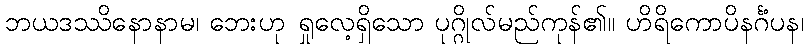
ဘယဒဿိနောနာမ၊ ဘေးဟု ရှုလေ့ရှိသော ပုဂ္ဂိုလ်မည်ကုန်၏။ ဟိရိကောပိနင်္ဂံပန၊